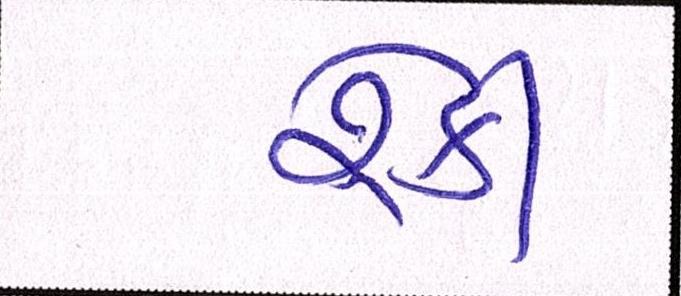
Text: રેકી